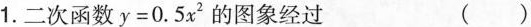
1.二次函数y=0.5x'的图象经过 ()